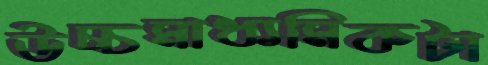
উচ্চমাধ্যমিকটা